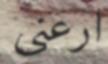
ارعنى